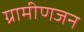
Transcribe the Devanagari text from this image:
ग्रामीणजन